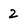
Character: 2